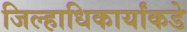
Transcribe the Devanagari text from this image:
जिल्हाधिकार्यांकडे